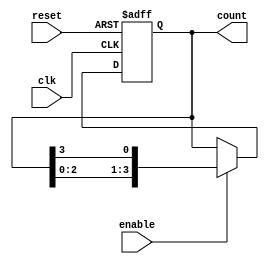
module ring_counter #(
    parameter N = 4  // Number of flip-flops
)(
    input wire clk,      // Clock input
    input wire reset,    // Reset input
    input wire enable,   // Enable input
    output reg [N-1:0] count // Output representing the current state
);

// Initial state
initial begin
    count = 1'b1; // Set the initial state to 100...0 (for N=4, it will be 1000)
end

// Sequential logic for the ring counter
always @(posedge clk or posedge reset) begin
    if (reset) begin
        count <= 1'b1; // Reset to initial state (100...0)
    end else if (enable) begin
        // Shift the 1 to the left and wrap around
        count <= {count[N-2:0], count[N-1]};
    end
end

endmodule